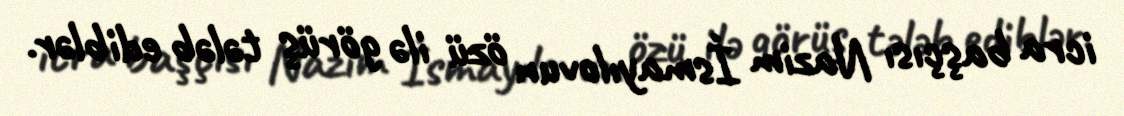
icra başçısı Nazim İsmayılovun özü ilə görüş tələb ediblər.